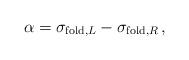
LaTeX: \begin{align*}\alpha = \sigma_{{\rm fold},L} - \sigma_{{\rm fold},R} \,,\end{align*}